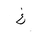
Letter: _gayn